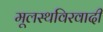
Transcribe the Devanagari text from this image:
मूलस्थविरवादी